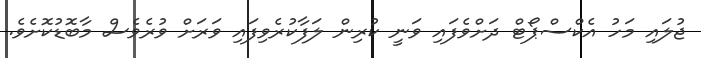
ޖުލައި މަހު އެކްސްޕޯޓް ދަށްވެފައި ވަނީ ކުރިން ލަފާކުރެވިފައި ވަރަށް ވުރެވެސް މާބޮޑުކޮށެވެ.